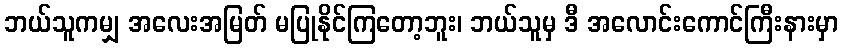
ဘယ်သူကမျှ အလေးအမြတ် မပြုနိုင်ကြတော့ဘူး၊ ဘယ်သူမှ ဒီ အလောင်းကောင်ကြီးနားမှာ